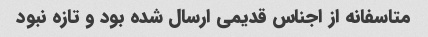
متاسفانه از اجناس قدیمی ارسال شده بود و تازه نبود